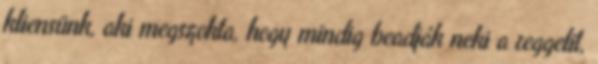
kliensünk, aki megszokta, hogy mindig beadják neki a reggelit,